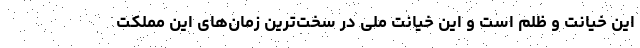
این خیانت و ظلم است و این خیانت ملی در سخت‌ترین زمان‌های این مملکت